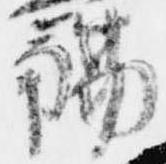
觴